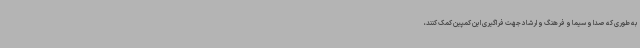
به طوری که صدا و سیما و فرهنگ و ارشاد جهت فراگیری این کمپین کمک کنند،